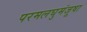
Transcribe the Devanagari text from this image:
परमलघुमंजूषा